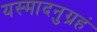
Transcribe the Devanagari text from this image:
यस्मादनुग्रहं